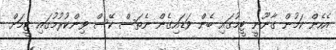
އެހެން ކަމުން ގާނޫނީ ޓީމުގައި ބެން ވަޑައިގެން ނެތަސް ކޭސް ވިންކުރުމުގައި ޓީމަށް